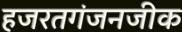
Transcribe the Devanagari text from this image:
हजरतगंजनजीक